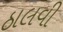
ઠાલવી